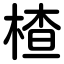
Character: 楂